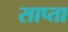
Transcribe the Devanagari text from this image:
साप्ता